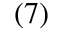
( 7 )